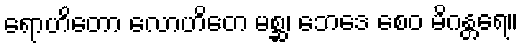
ရောဟိတော လောဟိတေ မစ္ဆ၊ ဘေဒေ စေဝ မိဂန္တရေ။